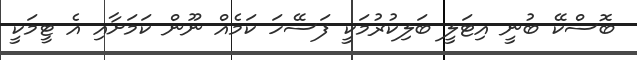
ބޮސްކޭ ބުނީ އިޓަލީ ބަލިކުރުމަކީ ފަސޭހަ ކަމެއް ނޫން ކަމަށާއި އެ ޓީމަކީ